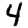
Digit: 4